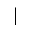
\vert